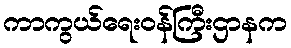
ကာကွယ်ရေးဝန်ကြီးဌာနက